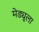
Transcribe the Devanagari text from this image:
मेड्यूला